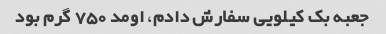
جعبه بک کیلویی سفارش دادم، اومد ٧٥٠ گرم بود